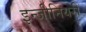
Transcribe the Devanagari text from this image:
इन्जीनियरी